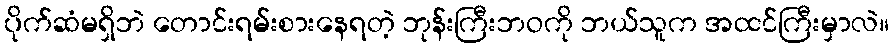
ပိုက်ဆံမရှိဘဲ တောင်းရမ်းစားနေရတဲ့ ဘုန်းကြီးဘဝကို ဘယ်သူက အထင်ကြီးမှာလဲ။